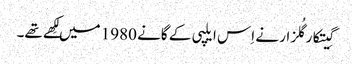
گِیتکارگُلزار نے اِس ایلپی کے گانے 1980 میں لِکھے تھے۔